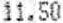
11.50